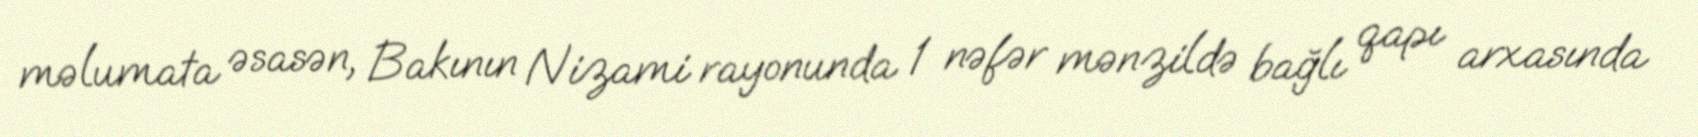
məlumata əsasən, Bakının Nizami rayonunda 1 nəfər mənzildə bağlı qapı arxasında